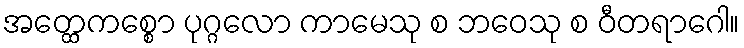
အတ္ထေကစ္စော ပုဂ္ဂလော ကာမေသု စ ဘဝေသု စ ဝီတရာဂေါ။